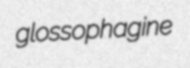
glossophagine